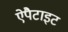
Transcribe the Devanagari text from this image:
ऐपैटाइट